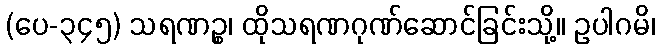
(ပေ-၃၄၅) သရဏဉ္စ၊ ထိုသရဏဂုဏ်ဆောင်ခြင်းသို့။ ဥပါဂမိ၊